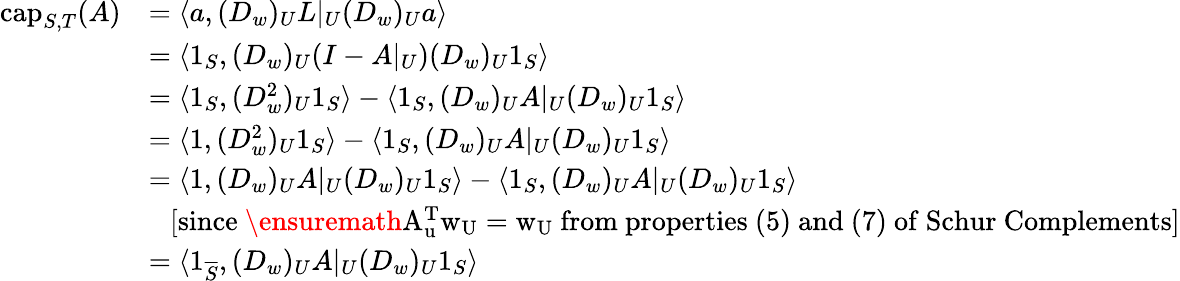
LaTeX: \begin{array}{rl}{\mathrm{cap}_{S,T}(A)}&{=\langle a,(D_{w})_{U}L|_{U}(D_{w})_{U}a\rangle}\\ &{=\langle 1_{S},(D_{w})_{U}(I-A|_{U})(D_{w})_{U}1_{S}\rangle}\\ &{=\langle 1_{S},(D_{w}^{2})_{U}1_{S}\rangle-\langle 1_{S},(D_{w})_{U}A|_{U}(D_{w})_{U}1_{S}\rangle}\\ &{=\langle 1,(D_{w}^{2})_{U}1_{S}\rangle-\langle 1_{S},(D_{w})_{U}A|_{U}(D_{w})_{U}1_{S}\rangle}\\ &{=\langle 1,(D_{w})_{U}A|_{U}(D_{w})_{U}1_{S}\rangle-\langle 1_{S},(D_{w})_{U}A|_{U}(D_{w})_{U}1_{S}\rangle}\\ &{\ \ \ \mathrm{[since~\ensuremath{A_{u}^{T}w_{U}=w_{U}}~from~properties~(5)~and~(7)~of~Schur~Complements]}}\\ &{=\langle 1_{\overline{{S}}},(D_{w})_{U}A|_{U}(D_{w})_{U}1_{S}\rangle}\end{array}